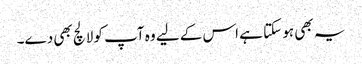
یہ بھی ہو سکتا ہے اس کے لیے وہ آپ کو لالچ بھی دے۔